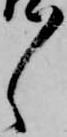
々